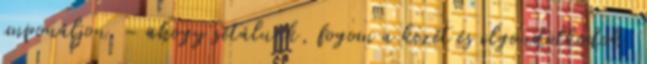
imponáljon. – ahogy sétálunk, fogom a kezét és elgondolkodok.